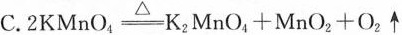
C. $$.2KMnO_{4} \xlongequal[